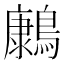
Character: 𮭔